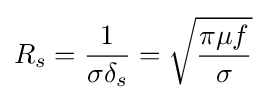
R_{s}={\frac {1}{\sigma \delta _{s}}}={\sqrt {\frac {\pi \mu f}{\sigma }}}